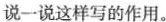
说一说这样写的作用。